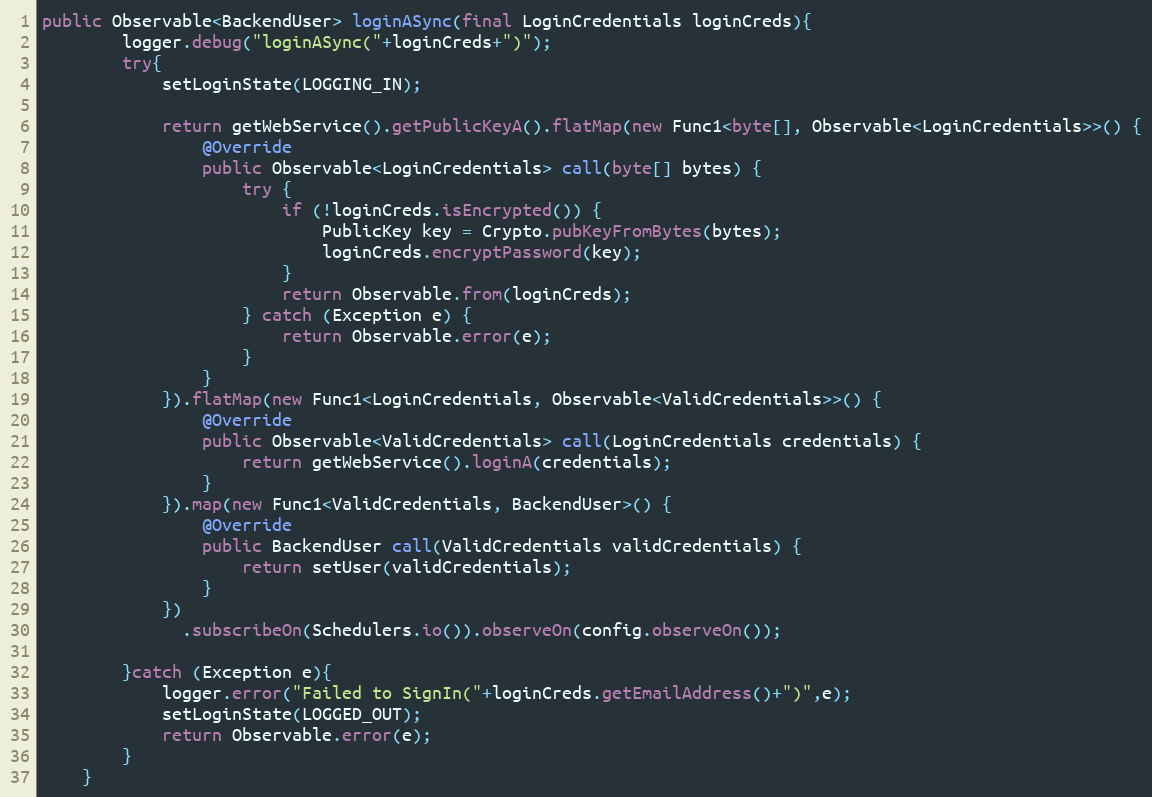
Language: Java
public Observable<BackendUser> loginASync(final LoginCredentials loginCreds){
        logger.debug("loginASync("+loginCreds+")");
        try{
            setLoginState(LOGGING_IN);

            return getWebService().getPublicKeyA().flatMap(new Func1<byte[], Observable<LoginCredentials>>() {
                @Override
                public Observable<LoginCredentials> call(byte[] bytes) {
                    try {
                        if (!loginCreds.isEncrypted()) {
                            PublicKey key = Crypto.pubKeyFromBytes(bytes);
                            loginCreds.encryptPassword(key);
                        }
                        return Observable.from(loginCreds);
                    } catch (Exception e) {
                        return Observable.error(e);
                    }
                }
            }).flatMap(new Func1<LoginCredentials, Observable<ValidCredentials>>() {
                @Override
                public Observable<ValidCredentials> call(LoginCredentials credentials) {
                    return getWebService().loginA(credentials);
                }
            }).map(new Func1<ValidCredentials, BackendUser>() {
                @Override
                public BackendUser call(ValidCredentials validCredentials) {
                    return setUser(validCredentials);
                }
            })
              .subscribeOn(Schedulers.io()).observeOn(config.observeOn());

        }catch (Exception e){
            logger.error("Failed to SignIn("+loginCreds.getEmailAddress()+")",e);
            setLoginState(LOGGED_OUT);
            return Observable.error(e);
        }
    }